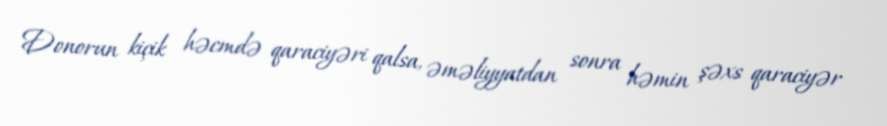
Donorun kiçik həcmdə qaraciyəri qalsa, əməliyyatdan sonra həmin şəxs qaraciyər